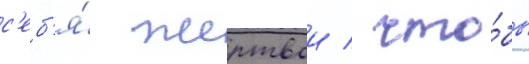
с'еб'я́ жертвои / что́бы